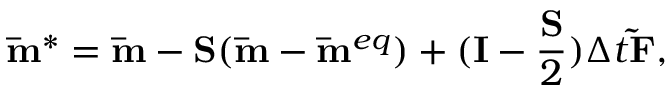
{ { \bf { \bar { m } } } ^ { * } } = { \bf { \bar { m } } } - { \bf { S } } ( { \bf { \bar { m } } } - { { \bf { \bar { m } } } ^ { e q } } ) + ( { \bf { I } } - \frac { { \bf { S } } } { 2 } ) \Delta t { \bf { \tilde { F } } } ,